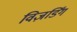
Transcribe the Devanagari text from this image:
विज़र्डिंग